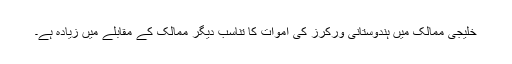
خلیجی ممالک میں ہندوستانی ورکرز کی اموات کا تناسب دیگر ممالک کے مقابلے میں زیادہ ہے۔